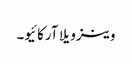
وینزویلا آرکائیو۔